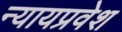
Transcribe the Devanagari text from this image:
न्यायप्रवेश